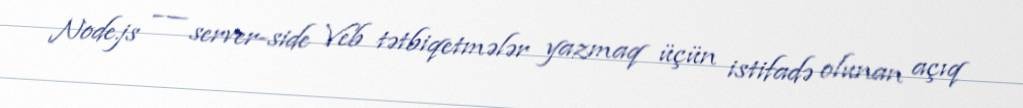
Node.js –— server-side Veb tətbiqetmələr yazmaq üçün istifadə olunan açıq